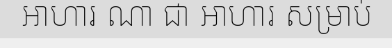
អាហារ ណា ជា អាហារ សម្រាប់